Newspaper: Daily State sentinel. [volume]
Place of publication: Indianapolis, Ind.
Publisher: Bingham & Doughty
Date: 1865-08-01 00:00:00
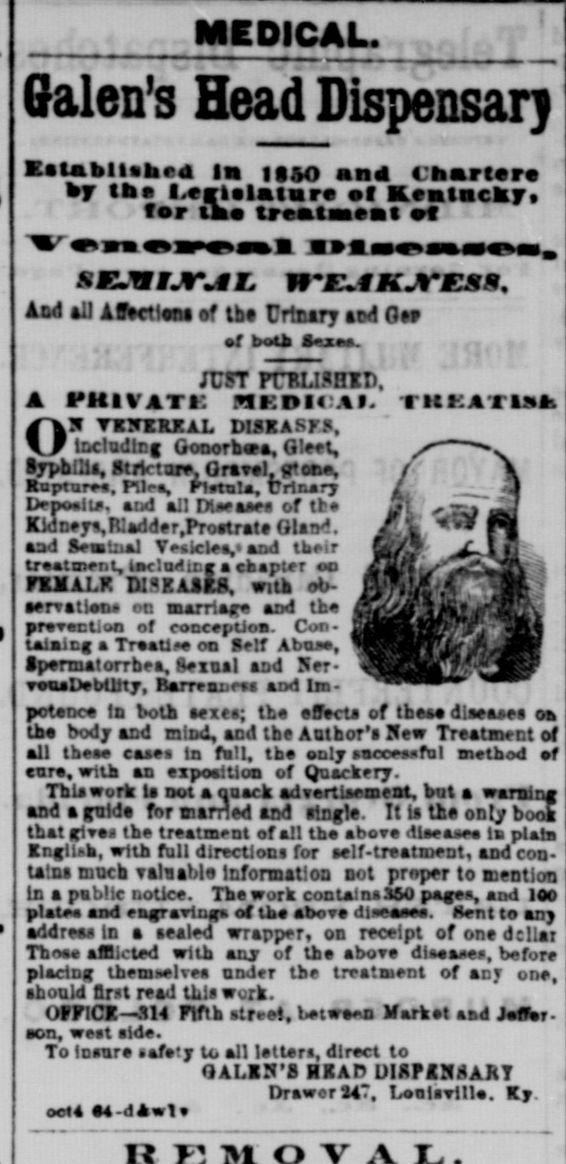
Advertisement text (OCR):
MEDICAL. Galen's Head Dispensar j Eatnbllabed In 1150 and Chatrtero hj ihm I.erlalatare of Kentucky for tno treattasaesBt of Atd all Arectlcst of tbe lYxiry acd Gtf f both aVuaa. JTST ITT.U.niD. I'lttVATt: ni'DKAI. ritKAXlÜis TX!f TXNXRJCAL DlSKASyS, liclaatf Gonorbva, G.eet, SyphUii, Utrtctare, Gravel, pcn. Rapture, Fllea, Klatula, Urinary lpoa!ie, and all Dtseasea cf tt Kidneya,n:adder,PTOBtrat Glaiy!. aad SvlaaJ Vehicle,' and their treatment, lKluttrg a chapter oo ruixK mEAjr.Ä, with oo- aervatlna on marriar prTaction of concepOoa taiaicg a Traatls co tt m k m . elf Abos. :U .. I pennaioiTDea, exnai ana er- v and Ner- v ' 1 -" potnc in both sexca; tb effects of theae diseases oa th body aad nlsd, and tbe Author's Hew Treatment of all thea case In fn!L tba only sacoefu! method f cur, with an cxpoaitlon of Qnackery. This work la not a quack advertlaemeat, but a warning andegnlda for carried and single. It Is the only book tbat givs tba treatment of all th aboT dlaeaae la plats Kngiuh, with full directions for self-treatment, and con tains much valsaMe Information not proper to mention In a public notice. The work contain 150 pages and 100 plat, and eaararlng of tba dot diwaae. Hnt to any address In a sealed wrapper, on receipt of onedcllar Tboa affiicted with anjr of th abov diaaase, before placing themselvea ander tbe treatment of any one, ahonld first read tils werk. OFFlCr. M4 Fifth street, Utwfl Market aad Jf. acn, west aid. To losur safety to all latter, direct to QALIS'8 UK AD ülÄf IHART Drawer 24?, LqItUU. Ky. od a ea-dAwt
Label: illustrations